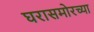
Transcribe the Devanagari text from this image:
घरासमोरच्या